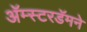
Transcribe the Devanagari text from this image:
अॅम्स्टरडॅमने